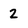
Character: 2